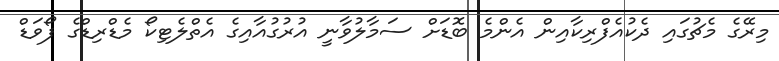
މިރޭގެ މެޗުގައި ދެކުއެފްރިކާއިން އެންމެ ބޮޑަށް ސަމާލުވާނީ އުރުގުއާއިގެ އެތްލެޓިކޯ މެޑްރިޑްގެ ފޯވަޑް